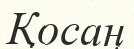
Қосаң